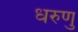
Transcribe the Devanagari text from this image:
धरुणु